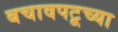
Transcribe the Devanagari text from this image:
बचावपटूच्या